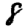
Digit: 8